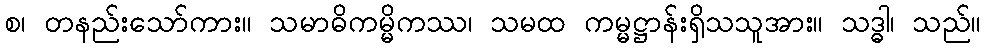
စ၊ တနည်းသော်ကား။ သမာဓိကမ္မိကဿ၊ သမထ ကမ္မဋ္ဌာန်းရှိသသူအား။ သဒ္ဓါ၊ သည်။